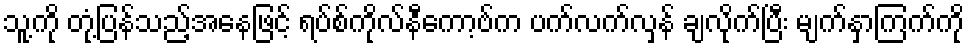
သူ့ကို တုံ့ပြန်သည့်အနေဖြင့် ရပ်စ်ကိုလ်နီကော့ဗ်က ပက်လက်လှန် ချလိုက်ပြီး မျက်နှာကြက်ကို